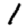
Digit: 1